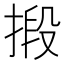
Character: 𢯫